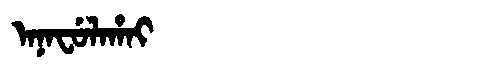
Manchu: ᠠᠨᠠᠸᡠᠯᠠᡥᠠᡳ
Romanization: ANAFULAHAI